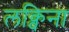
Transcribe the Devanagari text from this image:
लक्विना